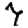
Digit: 7